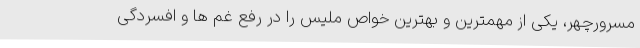
مسرورچهر، یکی از مهمترین و بهترین خواص ملیس را در رفع غم ها و افسردگی